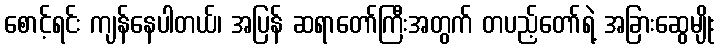
စောင့်ရင်း ကျန်နေပါတယ်၊ အပြန် ဆရာတော်ကြီးအတွက် တပည့်တော်ရဲ့ အခြားဆွေမျိုး